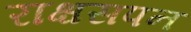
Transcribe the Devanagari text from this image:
राक्षसपन